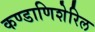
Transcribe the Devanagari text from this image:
कण्डाणिशेरिल